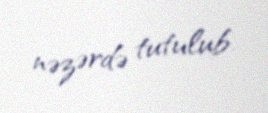
nəzərdə tutulub.